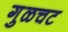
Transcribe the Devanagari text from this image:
गुळचट